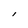
Character: l